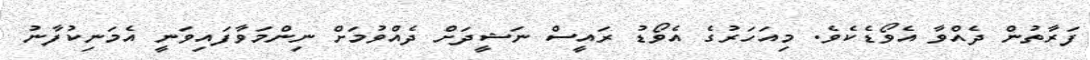
ފަރާތުން ދެއްވާ އެވޯޑެކެވެ. މިއަހަރުގެ އެވޯޑު ރައީސް ނަޝީދަށް ދެއްވުމަށް ނިންމަވާފައިވަނީ އެމަނިކުފާނު